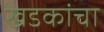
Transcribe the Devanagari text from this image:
खडकांचा